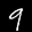
Label: 9